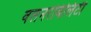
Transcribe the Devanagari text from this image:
वलनरेबिलिटी